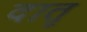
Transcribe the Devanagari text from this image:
दातृ